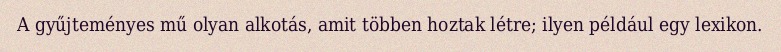
A gyűjteményes mű olyan alkotás, amit többen hoztak létre; ilyen például egy lexikon.